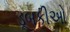
ડૂબકીઓ